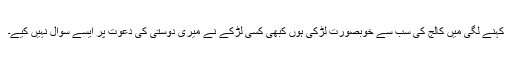
کہنے لگی میں کالج کی سب سے خوبصورت لڑکی ہوں کبھی کسی لڑکے نے میری دوستی کی دعوت پر ایسے سوال نہیں کیے۔